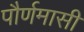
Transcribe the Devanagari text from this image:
पौर्णमासी